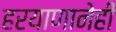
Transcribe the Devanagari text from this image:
हरयाणानेही